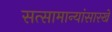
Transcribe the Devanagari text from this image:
सत्सामान्यांसारखे